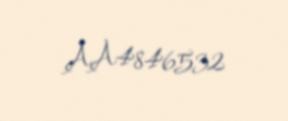
AA4846532